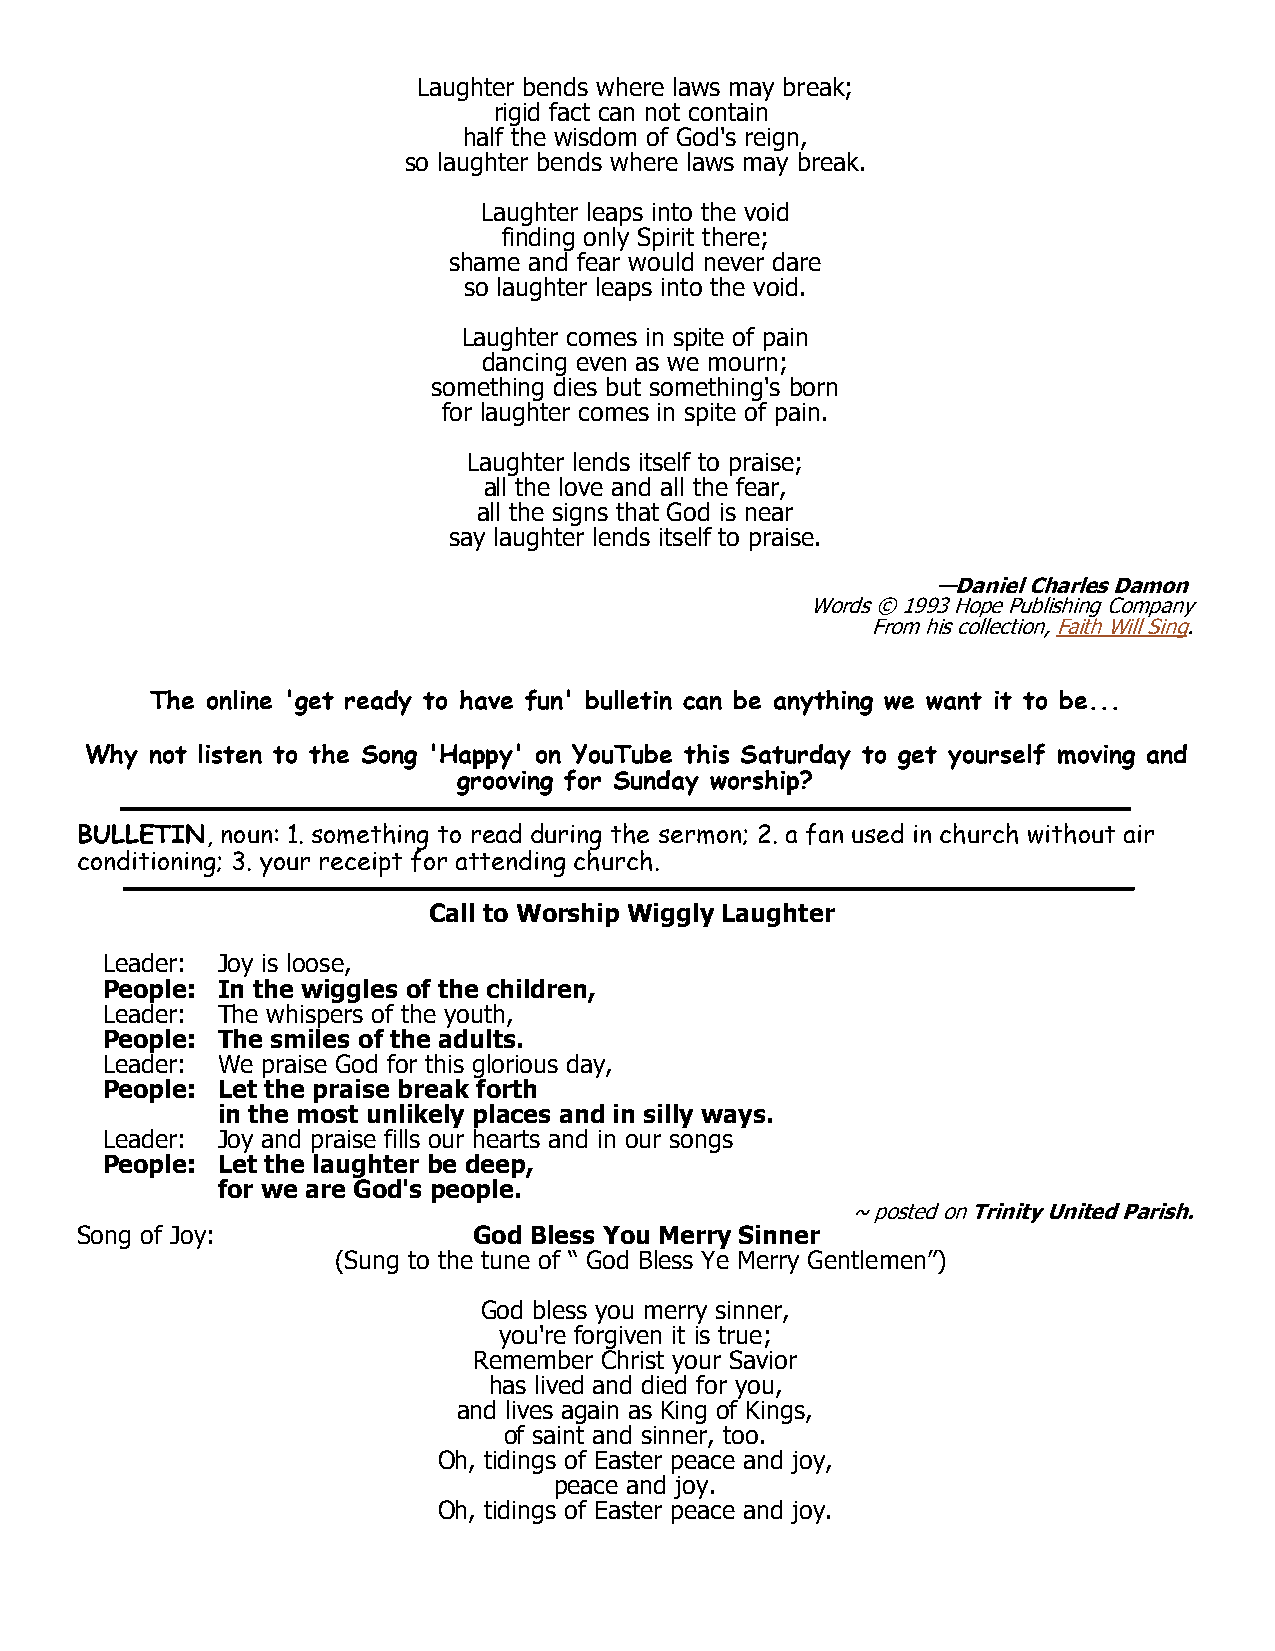
Laughter bends where laws may break;
 rigid fact can not contain
 half the wisdom of God's reign,
 so laughter bends where laws may break.
 Laughter leaps into the void
 finding only Spirit there;
 shame and fear would never dare
 so laughter leaps into the void.
 Laughter comes in spite of pain
 dancing even as we mourn;
 something dies but something's born
 for laughter comes in spite of pain.
 Laughter lends itself to praise;
 all the love and all the fear,
 all the signs that God is near
 say laughter lends itself to praise.
 —Daniel Charles Damon
 Words ©1993Hope Publishing Company
 From his collection,Faith Will Sing.
 The online 'get ready to have fun' bulletin can be anything we want it to be...
 Why not listen to the Song 'Happy' on YouTube this Saturday to get yourself moving and
 grooving for Sunday worship?
 BULLETIN, noun: 1. something to read during the sermon; 2. a fan used in church without air
 conditioning; 3. your receipt for attending church.
 Call to Worship Wiggly Laughter
 Leader: Joy is loose,
 People: In the wiggles of the children,
 Leader: The whispers of the youth,
 People: The smiles of the adults.
 Leader: We praise God for this glorious day,
 People: Let the praise break forth
 in the most unlikely places and in silly ways.
 Leader: Joy and praise fills our hearts and in our songs
 People: Let the laughter be deep,
 for we are God's people.
 ~ posted onTrinity United Parish.
 Song of Joy:              God Bless You Merry Sinner
 (Sung to the tune of “ God Bless Ye Merry Gentlemen”)
 God bless you merry sinner,
 you're forgiven it is true;
 Remember Christ your Savior
 has lived and died for you,
 and lives again as King of Kings,
 of saint and sinner, too.
 Oh, tidings of Easter peace and joy,
 peace and joy.
 Oh, tidings of Easter peace and joy.